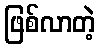
ဖြစ်လာတဲ့